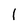
Character: 1